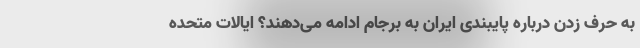
به حرف زدن درباره پایبندی ایران به برجام ادامه می‌دهند؟ ایالات متحده